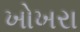
ખોખરા